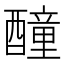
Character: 𨣒